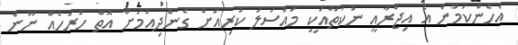
އެހެންކަމުން އެ އިޖްރާއީ ނުކުތާއަކީ މައްސަލަ ކުރިއަށް ގެންދިއުމަށް އޮތް ހުރަހެއް ނޫން